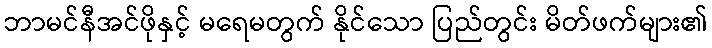
ဘာမင်နီအင်ဖိုနှင့် မရေမတွက် နိုင်သော ပြည်တွင်း မိတ်ဖက်များ၏